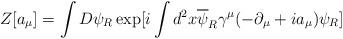
LaTeX: \begin{align*}Z[a_{\mu}]=\int D \psi _{R}\exp[i \int d^{2}x \overline{\psi}_{R}\gamma^{\mu}(-\partial_{\mu}+i a_{\mu})\psi_{R}]\end{align*}